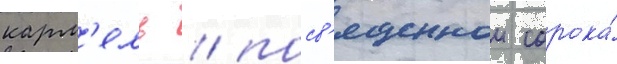
карм'ель / посв'ященнои сорока́